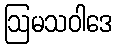
ဩမသဝါဒေ